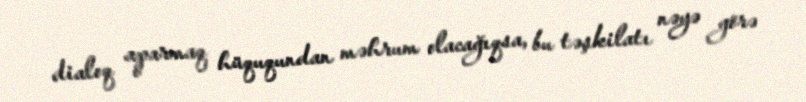
dialoq aparmaq hüququndan məhrum olacağıqsa, bu təşkilatı nəyə görə